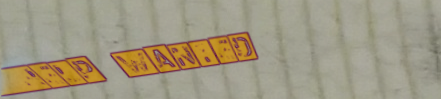
help wanted